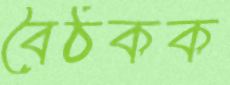
বৈঠকক